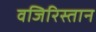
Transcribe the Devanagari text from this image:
वजिरिस्तान